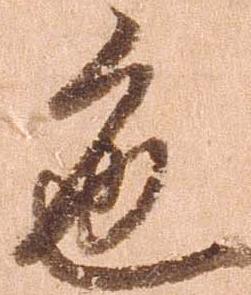
色